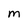
Character: M